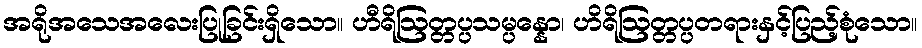
အရိုအသေအလေးပြုခြင်းရှိသော။ ဟီရိဩတ္တပ္ပသမ္ပန္နော၊ ဟိရိဩတ္တပ္ပတရားနှင့်ပြည့်စုံသော။